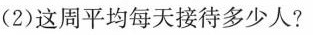
（2）这周平均每天接待多少人？